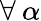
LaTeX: \forall\: \alpha